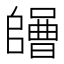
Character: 𡄌